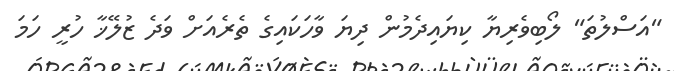
"އަސްލުތަ" ލޯބިވެރިޔާ ކިޔައިދެމުން ދިޔަ ވާހަކައިގެ ތެރެއަށް ވަދެ ޒުލޭޚާ ހުރީ ހަމަ